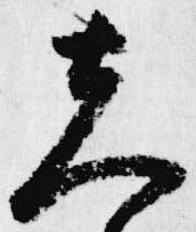
夫